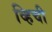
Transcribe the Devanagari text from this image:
व्हिची